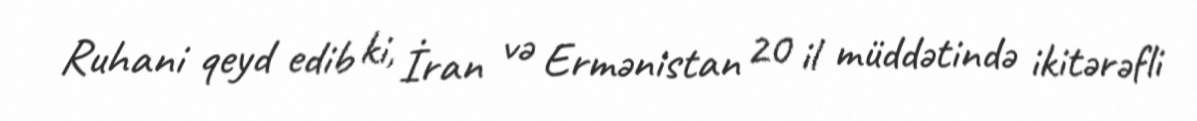
Ruhani qeyd edib ki, İran və Ermənistan 20 il müddətində ikitərəfli